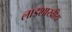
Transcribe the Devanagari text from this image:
लाडशाखीय